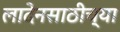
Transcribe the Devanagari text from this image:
लादेनसाठीच्या